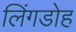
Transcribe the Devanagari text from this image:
लिंगडोह